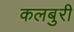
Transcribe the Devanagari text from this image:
कलबुरी